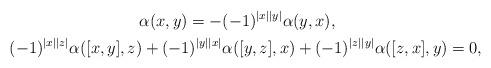
LaTeX: \begin{align*}\alpha(x,y)=-&(-1)^{|x||y|}\alpha(y,x),&\\(-1)^{|x||z|}\alpha([x,y],z)+(-1)^{|y||x|}&\alpha([y,z],x)+(-1)^{|z||y|}\alpha([z,x],y)=0,&\end{align*}